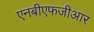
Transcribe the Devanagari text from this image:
एनबीएफजीआर